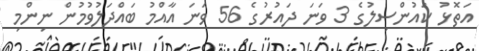
އަތޮޅު ކައުންސިލުގެ 3 ވަނަ ދައުރުގެ 56 ވަނަ އާއްމު ބައްދަލުވުމުން ނިންމި